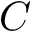
C